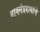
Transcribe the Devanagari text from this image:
वाक्संप्रदायांचे